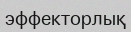
эффекторлық